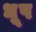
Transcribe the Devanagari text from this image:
ध़ूप